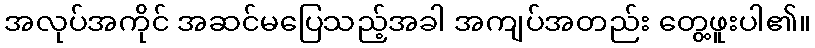
အလုပ်အကိုင် အဆင်မပြေသည့်အခါ အကျပ်အတည်း တွေ့ဖူးပါ၏။